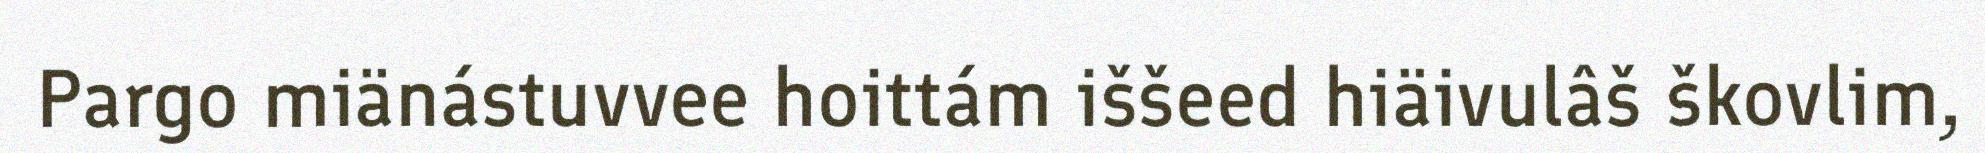
Pargo miänástuvvee hoittám iššeed hiäivulâš škovlim,